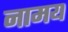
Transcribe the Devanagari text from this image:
नामय